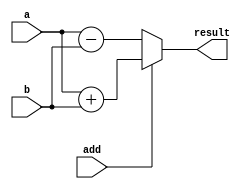
////////////////
////Thea Zhu///
///////////////


module add_sub(add,a,b,result);
    parameter N = 4;
    input [(2**N)-1:0] a,b;
    input add;
    output reg[(2**N)-1:0] result;

    always @(*) begin
        if(add) begin
          result = a+b;// assign for connecting nets
        end
        else begin
          result = a-b;
        end
    end


endmodule